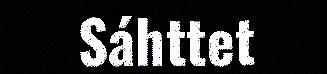
Sáhttet